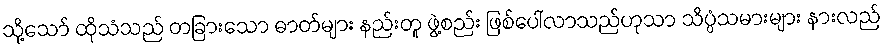
သို့သော် ထိုသံသည် တခြားသော ဓာတ်များ နည်းတူ ဖွဲ့စည်း ဖြစ်ပေါ်လာသည်ဟုသာ သိပ္ပံသမားများ နားလည်